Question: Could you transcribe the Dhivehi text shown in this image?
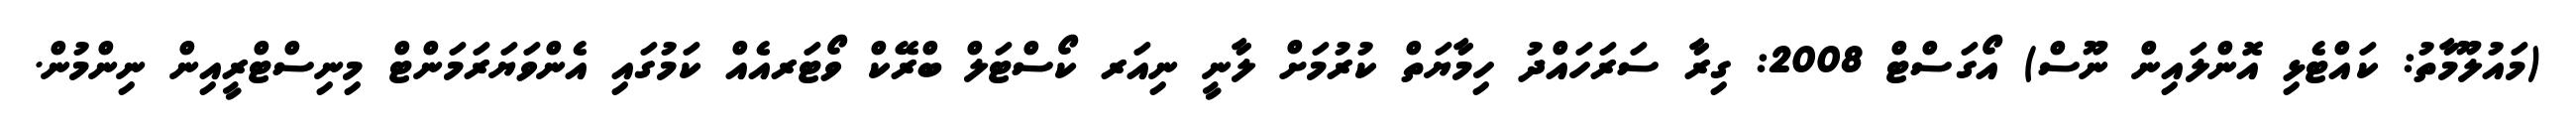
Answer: (މައުލޫމާތު: ކައްޓެޅި އޮންލައިން ނޫސް) އޯގަސްޓް 2008: ގިރާ ސަރަހައްދު ހިމާޔަތް ކުރުމަށް ލާނީ ނިއަރ ކޯސްޓަލް ބްރޭކް ވޯޓަރއެއް ކަމުގައި އެންވަޔަރަމަންޓް މިނިސްޓްރީއިން ނިންމުން.